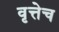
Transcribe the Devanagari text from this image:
वृत्तेच